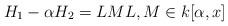
LaTeX: \begin{align*}H_1-\alpha H_2=LM L,M\in k[\alpha,x] \end{align*}